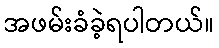
အဖမ်းခံခဲ့ရပါတယ်။